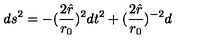
d s ^ { 2 } = - ( { \frac { 2 \hat { r } } { r _ { 0 } } } ) ^ { 2 } d t ^ { 2 } + ( { \frac { 2 \hat { r } } { r _ { 0 } } } ) ^ { - 2 } d